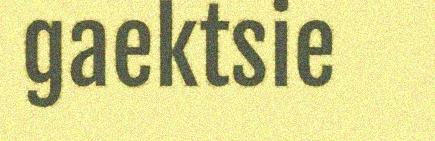
gaektsie